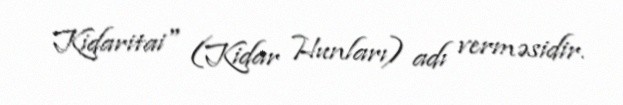
Kidaritai" (Kidar Hunları) adı verməsidir.